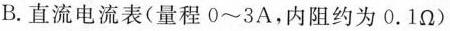
B.直流电流表(量程0~3A，内阻约为0.1Ω)